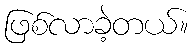
ဖြစ်လာခဲ့တယ်။